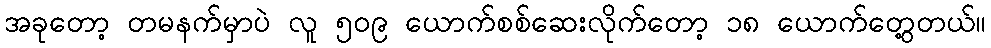
အခုတော့ တမနက်မှာပဲ လူ ၅၀၉ ယောက်စစ်ဆေးလိုက်တော့ ၁၈ ယောက်တွေ့တယ်။